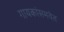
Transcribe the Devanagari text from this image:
गायकांसमवेत